Civil Veterinary Dept. North-West Frontier Province 1923-32 - 1923-1932
Year: 1923
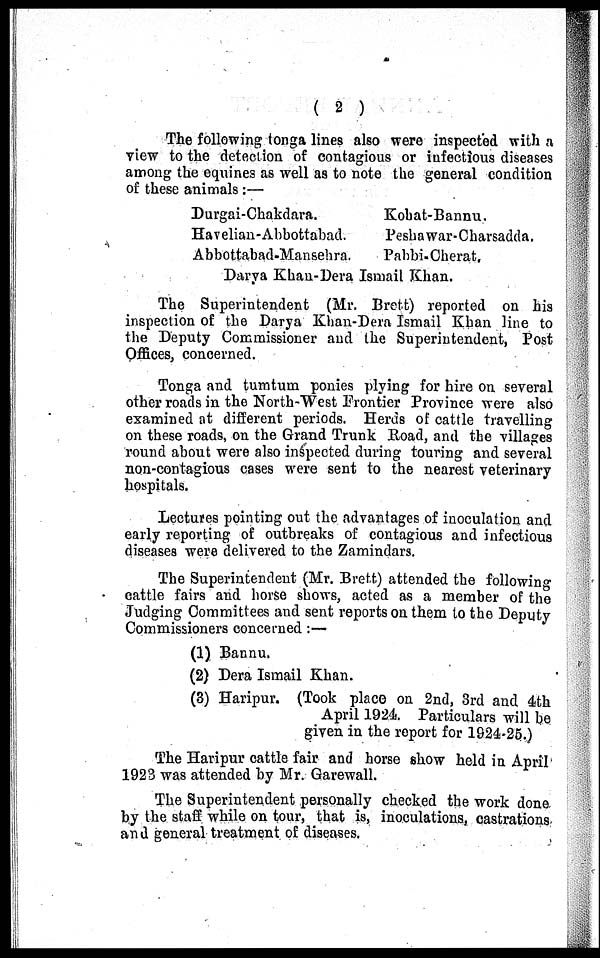
( 2 )
The following tonga lines also were inspected with a
view to the detection of contagious or infectious diseases
among the equines as well as to note the general condition
of these animals :—
Durgai-Chakdara.
Havelian-Abbottabad.
Abbottabad-Mansehra.
Kohat-Bannu.
Peshawar-Charsadda.
Pabbi-Cherat.
Darya Khan-Dera Ismail Khan.
The Superintendent (Mr. Brett) reported on his
inspection of the Darya Khan-Dera Ismail Khan line to
the Deputy Commissioner and the Superintendent, Post
Offices, concerned.
Tonga and tumtum ponies plying for hire on several
other roads in the North-West Frontier Province were also
examined at different periods. Herds of cattle travelling
on these roads, on the Grand Trunk Road, and the villages
round about were also inspected during touring and several
non-contagious cases were sent to the nearest veterinary
hospitals.
Lectures pointing out the advantages of inoculation and
early reporting of outbreaks of contagious and infectious
diseases were delivered to the Zamindars.
The Superintendent (Mr. Brett) attended the following
cattle fairs and horse shows, acted as a member of the
Judging Committees and sent reports on them to the Deputy
Commissioners concerned :—
(1) Bannu.
(2) Dera Ismail Khan.
(3) Haripur. (Took place on 2nd, 3rd and 4th
April 1924. Particulars will be
given in the report for 1924-25.)
The Haripur cattle fair and horse show held in April
1923 was attended by Mr. Garewall.
The Superintendent personally checked the work done
by the staff while on tour, that is, inoculations, castrations
and general treatment of diseases.